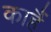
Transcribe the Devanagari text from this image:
काहैं